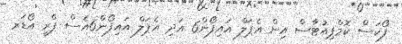
ފޯކަސް ކޮމްޕިއުޓާސް އިން އެޕަލް އައިފޯން6 އަދި އެޕަލް އައިފޯން6އެސް ޕްރީ އޯޑަރ